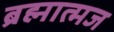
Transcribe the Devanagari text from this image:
ब्रह्मात्मज